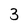
Character: 3